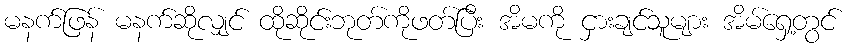
မနက်ဖြန် မနက်ဆိုလျှင် ထိုဆိုင်းဘုတ်ကိုဖတ်ပြီး အိမကို ငှားချင်သူများ အိမ်ရှေ့တွင်